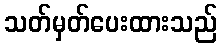
သတ်မှတ်ပေးထားသည်